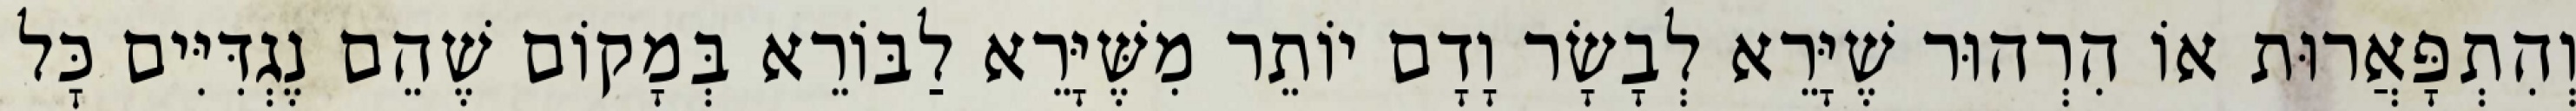
וְהִתְפָּאֲרוּת אוֹ הִרְהוּר שֶׁיָּרֵא לְבָשָׂר וָדָם יוֹתֵר מִשֶּׁיָּרֵא לַבּוֹרֵא בְּמָקוֹם שֶׁהֵם נֶגְדִּיִּים כׇּל